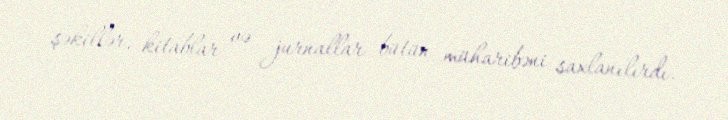
şəkillər, kitablar və jurnallar bütün müharibəni saxlanılırdı.